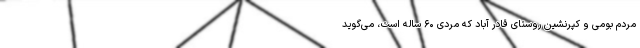
مردم بومی و کپرنشین روستای قادر آباد که مردی ۶۰ ساله است، می‌گوید